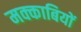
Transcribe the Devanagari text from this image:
मक्काबियों